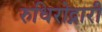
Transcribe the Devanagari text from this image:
रुधिरोद्नारी